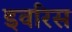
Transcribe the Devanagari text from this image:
इवरिस